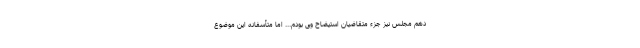
دهم مجلس نیز جزء متقاضیان استیضاح وی بودم... اما متأسفانه این موضوع